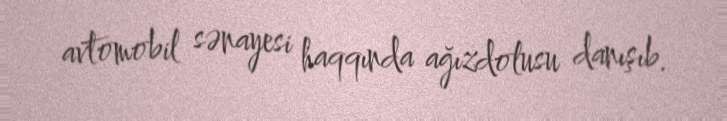
avtomobil sənayesi haqqında ağızdolusu danışıb.